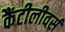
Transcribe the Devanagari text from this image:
कैंटीलीवर्स